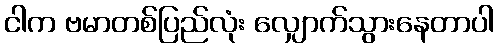
ငါက ဗမာတစ်ပြည်လုံး လျှောက်သွားနေတာပါ